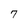
Character: 7